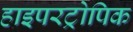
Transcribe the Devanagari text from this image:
हाइपरट्रोपिक